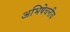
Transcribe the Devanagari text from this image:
अभिषेचनीय